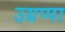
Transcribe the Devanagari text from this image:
उग्रप्पा